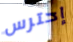
إحترس